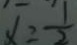
x = \frac { 1 } { 2 }